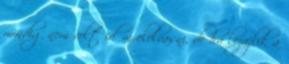
mindig nem volt időm elolvasni, de ha lezajlik a